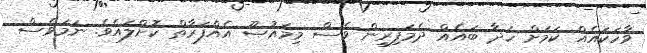
ވާހަކައެއް ކަމަށް ހަދާ ބައެއް ދެމަފިރިން ވެސް މިމައުޞޫ އެއްފަރާތް ކޮށްލައެވެ. ނަމަވެސް